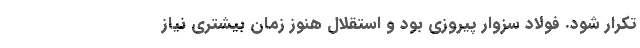
تکرار شود. فولاد سزوار پیروزی بود و استقلال هنوز زمان بیشتری نیاز